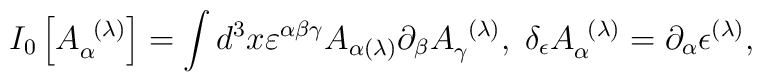
I_{0}\left[ A_{\alpha }^{\;\;(\lambda )}\right] =\int d^{3}x\varepsilon^{\alpha \beta \gamma }A_{\alpha (\lambda )}\partial _{\beta }A_{\gamma}^{\;\;(\lambda )},\;\delta _{\epsilon }A_{\alpha }^{\;\;(\lambda)}=\partial _{\alpha }\epsilon ^{(\lambda )},